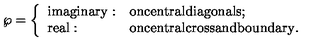
\wp = \left\{ \begin{array} { l l } { \mathrm { i m a g i n a r y } : } & { \mathrm { o n c e n t r a l d i a g o n a l s } ; } \\ { \mathrm { r e a l } : } & { \mathrm { o n c e n t r a l c r o s s a n d b o u n d a r y } . } \\ \end{array} \right.